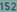
transcribed